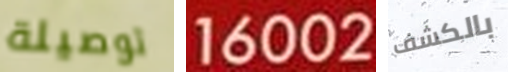
توصيلة 16002 بالكشف